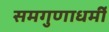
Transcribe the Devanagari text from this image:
समगुणाधर्मी